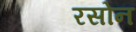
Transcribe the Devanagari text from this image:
रसोन